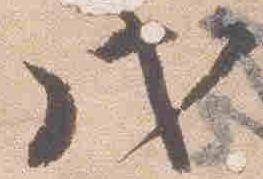
戊